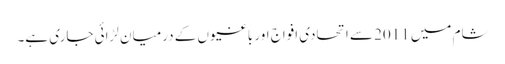
شام میں 2011 سے اتحادی افواج اور باغیوں کے درمیان لڑائی جاری ہے۔